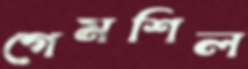
গেমশিল